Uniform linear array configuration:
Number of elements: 16
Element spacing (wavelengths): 0.25
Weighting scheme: kaiser
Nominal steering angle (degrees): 15
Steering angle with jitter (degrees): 16.763
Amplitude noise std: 0.05
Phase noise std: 0.05

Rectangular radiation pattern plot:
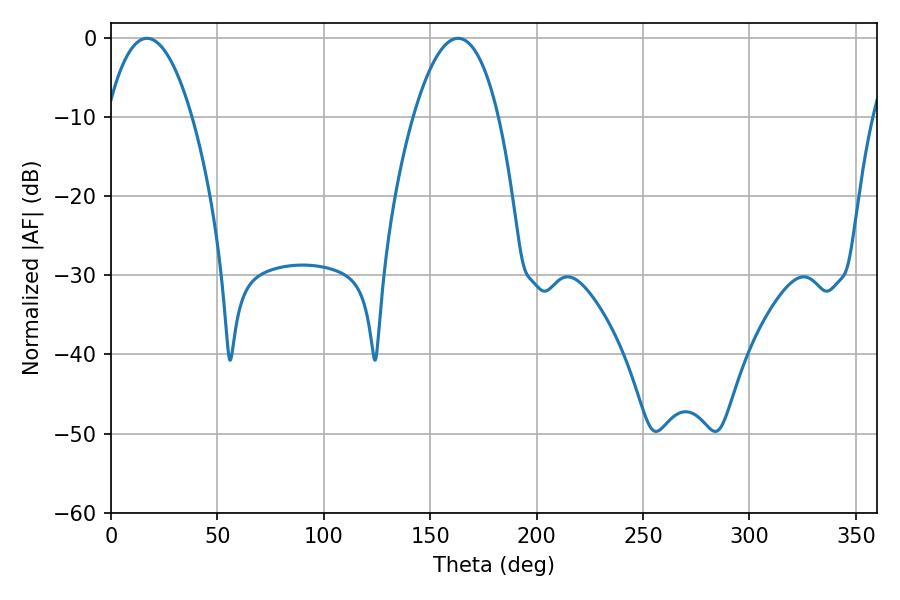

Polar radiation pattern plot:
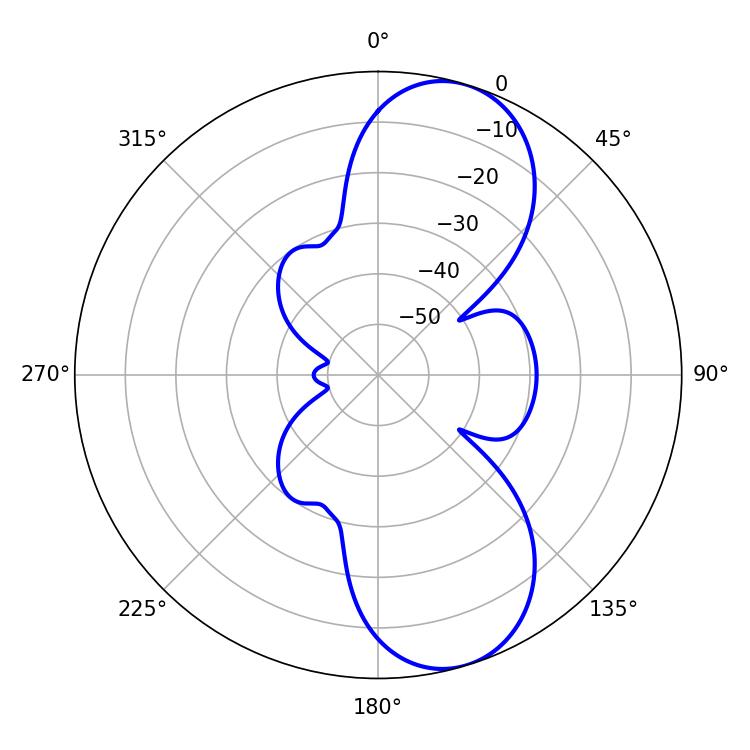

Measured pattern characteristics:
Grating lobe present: FALSE
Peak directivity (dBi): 9.089
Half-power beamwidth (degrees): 22.14
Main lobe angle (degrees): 16.92